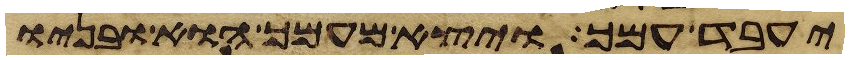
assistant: יעבד עמך ויצא מעמך הוא ובניו